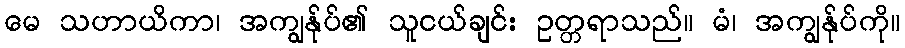
မေ သဟာယိကာ၊ အကျွန်ုပ်၏ သူငယ်ချင်း ဥတ္တရာသည်။ မံ၊ အကျွန်ုပ်ကို။